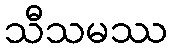
သီသမဿ